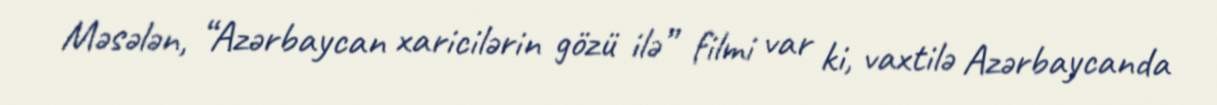
Məsələn, “Azərbaycan xaricilərin gözü ilə” filmi var ki, vaxtilə Azərbaycanda